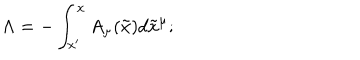
LaTeX: \Lambda = - \int _ { x ^ { \prime } } ^ { x } A _ { \mu } ( \tilde { x } ) d \tilde { x } ^ { \mu } ;